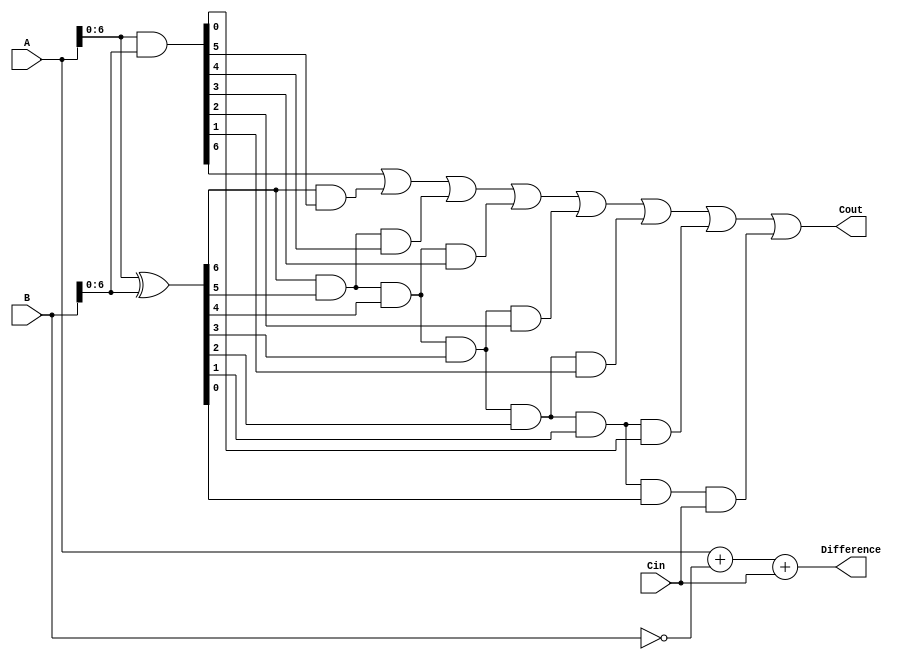
module Carry_lookahead_Subtractor (
    input [7:0] A,
    input [7:0] B,
    input Cin,
    output [7:0] Difference,
    output Cout
);

wire [7:0] P, G, C;

assign P = A ^ B;
assign G = A & B;
assign C[0] = Cin;
assign C[1] = G[0] | (P[0] & Cin);
assign C[2] = G[1] | (P[1] & G[0]) | (P[1] & P[0] & Cin);
assign C[3] = G[2] | (P[2] & G[1]) | (P[2] & P[1] & G[0]) | (P[2] & P[1] & P[0] & Cin);
assign C[4] = G[3] | (P[3] & G[2]) | (P[3] & P[2] & G[1]) | (P[3] & P[2] & P[1] & G[0]) | (P[3] & P[2] & P[1] & P[0] & Cin);
assign C[5] = G[4] | (P[4] & G[3]) | (P[4] & P[3] & G[2]) | (P[4] & P[3] & P[2] & G[1]) | (P[4] & P[3] & P[2] & P[1] & G[0]) | (P[4] & P[3] & P[2] & P[1] & P[0] & Cin);
assign C[6] = G[5] | (P[5] & G[4]) | (P[5] & P[4] & G[3]) | (P[5] & P[4] & P[3] & G[2]) | (P[5] & P[4] & P[3] & P[2] & G[1]) | (P[5] & P[4] & P[3] & P[2] & P[1] & G[0]) | (P[5] & P[4] & P[3] & P[2] & P[1] & P[0] & Cin);
assign C[7] = G[6] | (P[6] & G[5]) | (P[6] & P[5] & G[4]) | (P[6] & P[5] & P[4] & G[3]) | (P[6] & P[5] & P[4] & P[3] & G[2]) | (P[6] & P[5] & P[4] & P[3] & P[2] & G[1]) | (P[6] & P[5] & P[4] & P[3] & P[2] & P[1] & G[0]) | (P[6] & P[5] & P[4] & P[3] & P[2] & P[1] & P[0] & Cin);

assign Difference = A + (~B) + Cin;
assign Cout = C[7];

endmodule